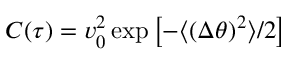
C ( \tau ) = v _ { 0 } ^ { 2 } \, \mathrm { e x p } \left[ - { \langle ( \Delta \theta ) ^ { 2 } \rangle / 2 } \right]